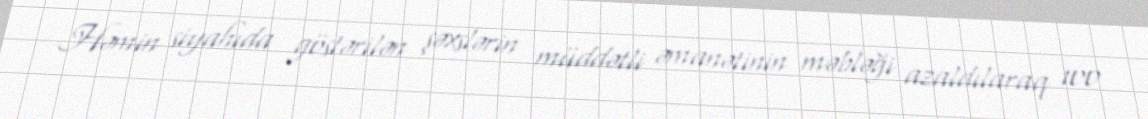
Həmin siyahıda göstərilən şəxslərin müddətli əmanətinin məbləği azaldılaraq 100